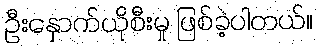
ဦးနှောက်ယိုစီးမှု ဖြစ်ခဲ့ပါတယ်။